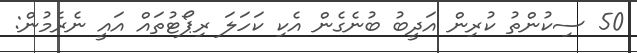
50 ސިކުންތު ކުރިން އަދީބު ބުނެގެން އެކި ކަހަލަ ރިޕޯޓުތައް އައީ ނެރެމުން: